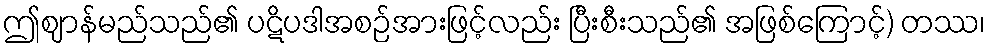
ဤဈာန်မည်သည်၏ ပဋိပဒါအစဉ်အားဖြင့်လည်း ပြီးစီးသည်၏ အဖြစ်ကြောင့်) တဿ၊